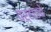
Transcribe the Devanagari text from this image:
वऱ्हाडचे